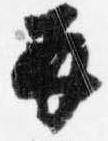
并